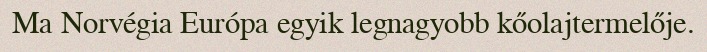
Ma Norvégia Európa egyik legnagyobb kőolajtermelője.